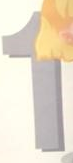
1